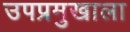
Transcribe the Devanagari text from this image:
उपप्रमुखाला